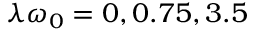
\lambda \omega _ { 0 } = 0 , 0 . 7 5 , 3 . 5